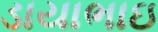
ડાયાભાઇ